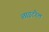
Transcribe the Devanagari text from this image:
लाइटरेल